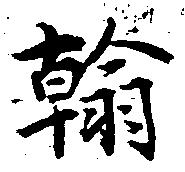
翰